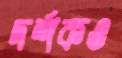
দর্শকও